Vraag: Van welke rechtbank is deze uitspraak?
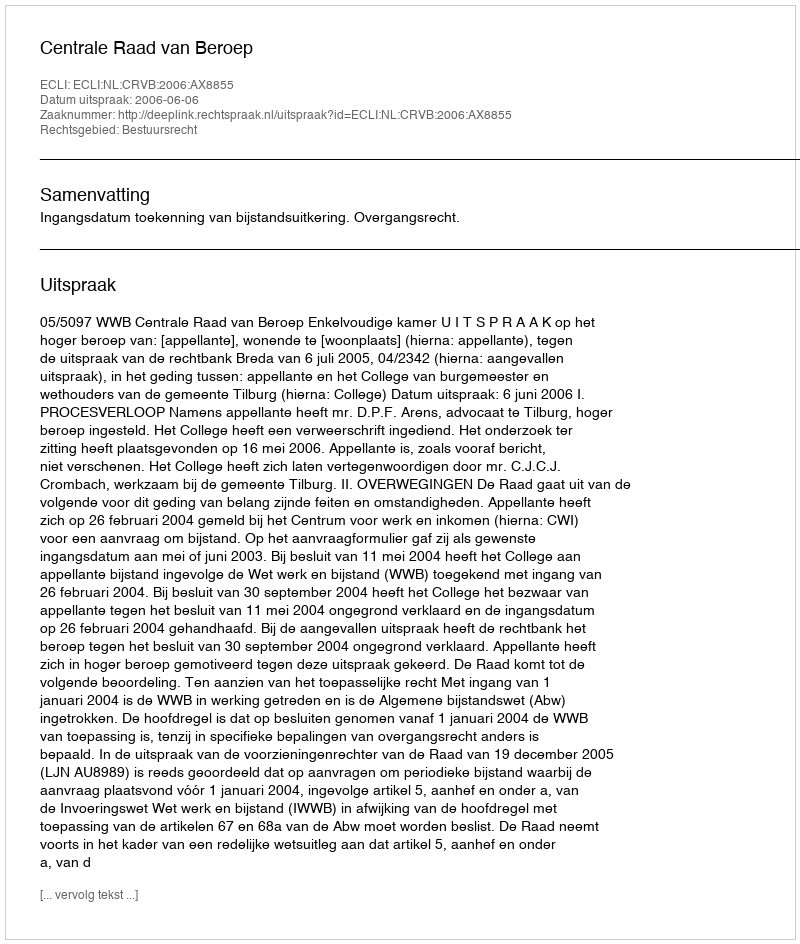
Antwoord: Centrale Raad van Beroep